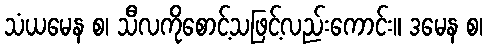
သံယမေန စ၊ သီလကိုစောင့်သဖြင့်လည်းကောင်း။ ဒမေန စ၊